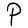
Character: P